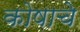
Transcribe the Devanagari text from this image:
कोषाचे